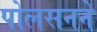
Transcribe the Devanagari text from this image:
पोलसनने